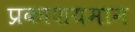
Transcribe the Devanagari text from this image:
प्रकाशयमान